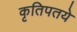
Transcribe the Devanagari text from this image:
कृतिपतये